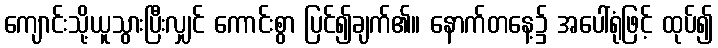
ကျောင်းသို့ယူသွားပြီးလျှင် ကောင်းစွာ ပြင်၍ချက်၏။ နောက်တနေ့၌ အပေါ်ရုံဖြင့် ထုပ်၍